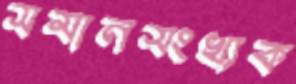
সমানসংখ্যক